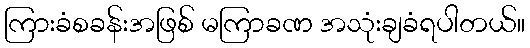
ကြားခံစခန်းအဖြစ် မကြာခဏ အသုံးချခံရပါတယ်။